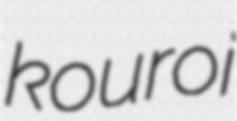
kouroi